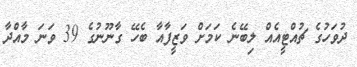
ދުވަހުގެ ޗުއްޓީއެއް ލިބޭނެ ކަމަށް ވަޒީފާއާ ބެހޭ ގާނޫނުގެ 39 ވަނަ މާއްދާ